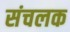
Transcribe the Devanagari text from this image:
संचलक